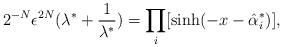
LaTeX: \begin{align*}2^{-N}\epsilon^{2N}(\lambda^{*}+\frac{1}{\lambda^{*}})=\prod_{i}[\sinh(-x-\hat{\alpha}_{i}^{*})],\end{align*}